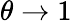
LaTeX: \theta\to 1